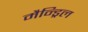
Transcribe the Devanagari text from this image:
मैन्ड्रिल